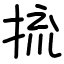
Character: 㧧